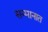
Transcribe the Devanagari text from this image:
सन्मानात